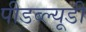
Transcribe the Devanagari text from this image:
पीडब्‍ल्‍यूडी